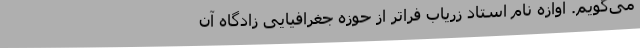
می‌گویم. آوازه نام استاد زریاب فراتر از حوزه جغرافیایی زادگاه آن